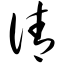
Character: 倩